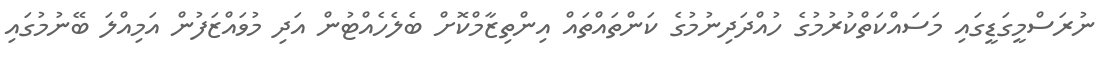
ނުރަސްމީގަޑީގައި މަސައްކަތްކުރުމުގެ ހުއްދަދިނުމުގެ ކަންތައްތައް އިންތިޒާމްކޮށް ބެލެހެއްޓުން އަދި މުވައްޒަފުން އަމިއްލަ ބޭނުމުގައި